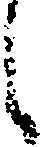
し